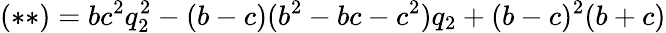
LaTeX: (\ast\ast)=bc^{2}q_{2}^{2}-(b-c)(b^{2}-bc-c^{2})q_{2}+(b-c)^{2}(b+c)